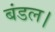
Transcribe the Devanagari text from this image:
बंडल।